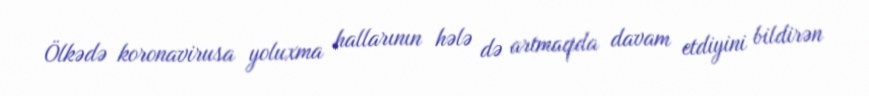
Ölkədə koronavirusa yoluxma hallarının hələ də artmaqda davam etdiyini bildirən